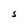
Character: S